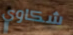
شكاوي